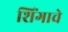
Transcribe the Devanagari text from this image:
शिंगाचे